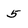
Character: 5